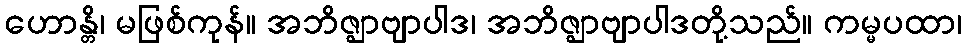
ဟောန္တိ၊ မဖြစ်ကုန်။ အဘိဇ္ဈာဗျာပါဒ၊ အဘိဇ္ဈာဗျာပါဒတို့သည်။ ကမ္မပထာ၊